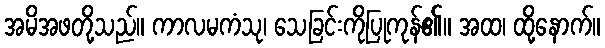
အမိအဖတို့သည်။ ကာလမကံသု၊ သေခြင်းကိုပြုကုန်၏။ အထ၊ ထို့နောက်။